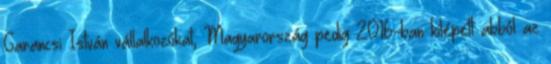
Garancsi István vállalkozókat, Magyarország pedig 2016-ban kilépett abból az